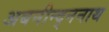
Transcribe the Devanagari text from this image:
अबनीन्द्ननाथ